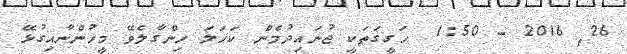
26